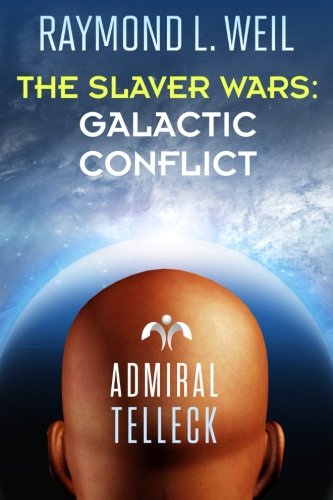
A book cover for The Slaver Wars: Galactic Conflict (Volume 6); Raymond L. Weil; Science Fiction & Fantasy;